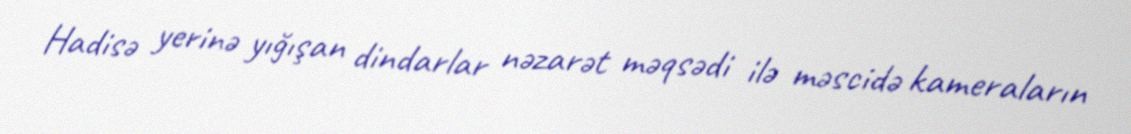
Hadisə yerinə yığışan dindarlar nəzarət məqsədi ilə məscidə kameraların